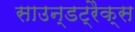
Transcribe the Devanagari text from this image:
साउन्डट्रैक्स